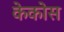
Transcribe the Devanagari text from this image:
केकोस